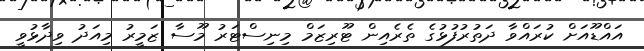
އައްޑޫއަށް ކުރައްވާ ދަތުރުފުޅުގެ ތެރެއިން ޓޫރިޒަމް މިނިސްޓަރު މޫސާ ޒަމީރު މިއަދު ވިދާޅުވީ